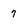
Character: 7